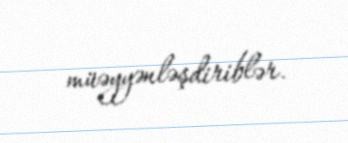
müəyyənləşdiriblər.